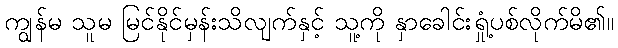
ကျွန်မ သူမ မြင်နိုင်မှန်းသိလျက်နှင့် သူ့ကို နှာခေါင်းရှုံ့ပစ်လိုက်မိ၏။